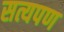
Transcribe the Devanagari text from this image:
सत्यपण